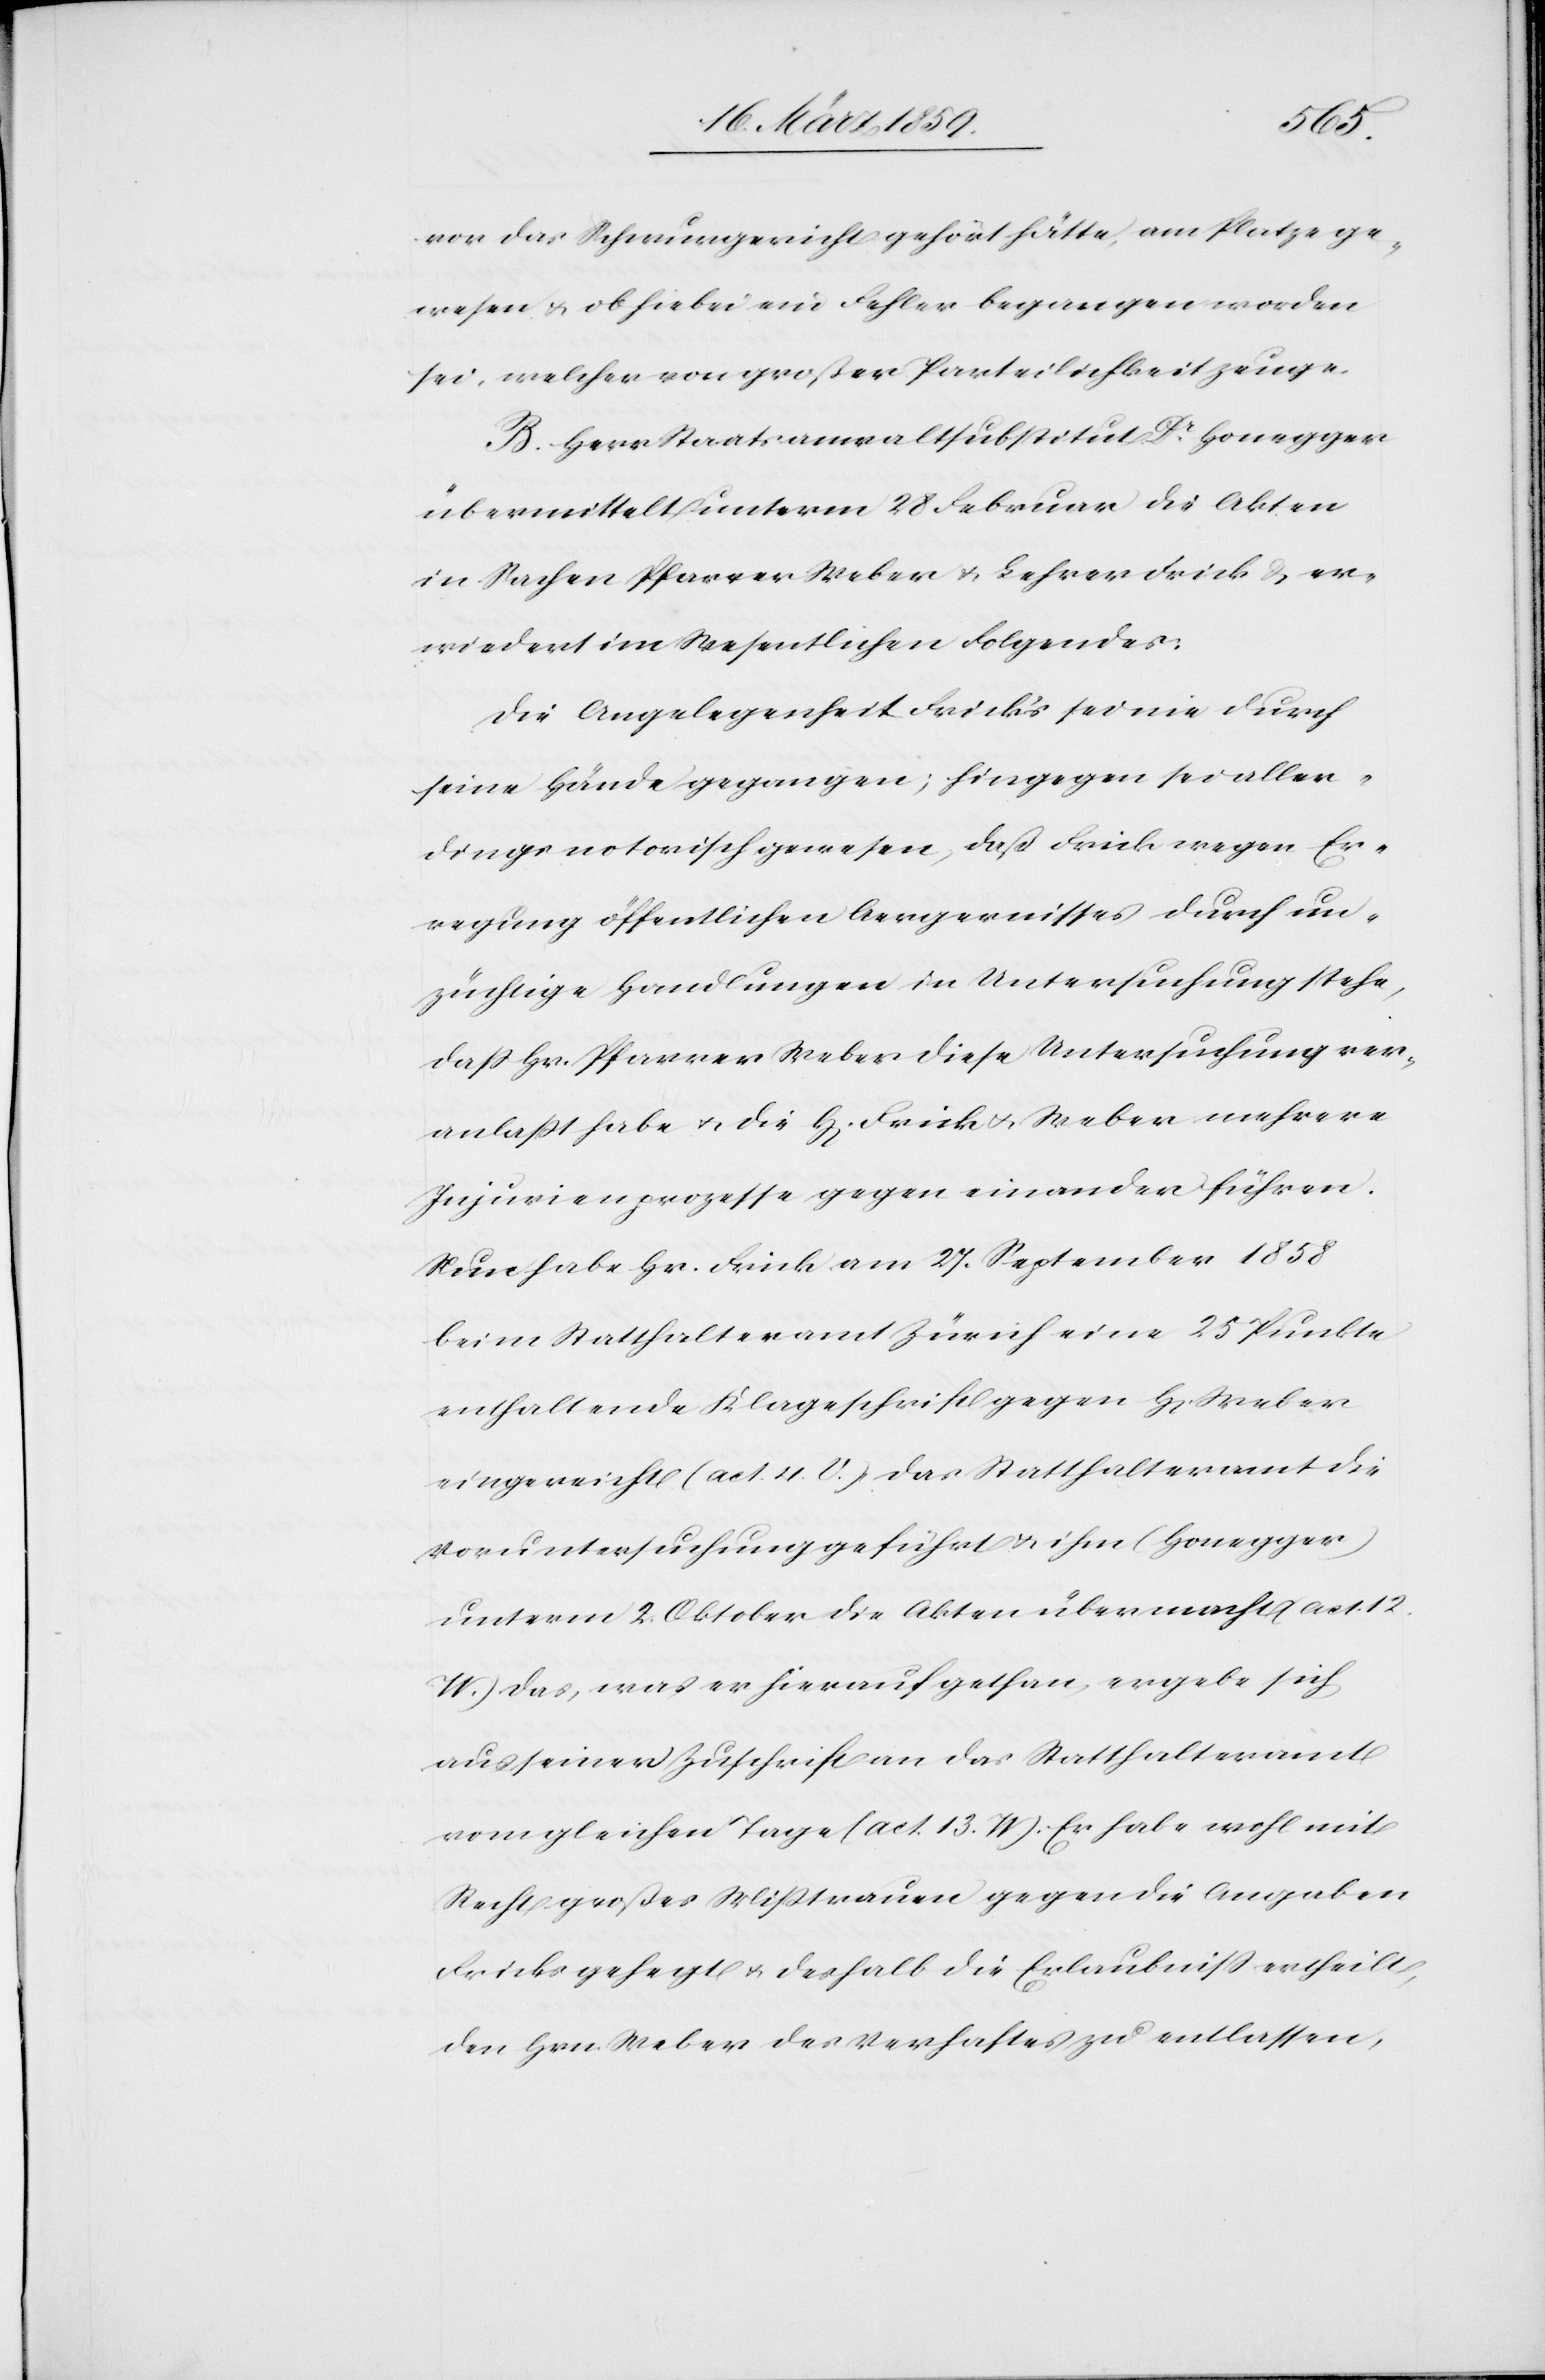
vor das Schwurgericht gehört hätte, am Platze ge¬
wesen u. ob hiebei ein Fehler begangen worden
sei, welcher von großer Parteilichkeit zeuge.
B. Herr Staatsanwaltsubstitut Dr. Honegger
übermittelt unterm 28 Februar die Akten
in Sachen Pfarrer Weber u. Lehrer Frick & er¬
wiedert im Wesentlichen Folgendes:
Die Angelegenheit Fricks sei nie durch
seine Hände gegangen; hingegen sei aller¬
dings notorisch gewesen, daß Frick wegen Er¬
regung öffentlichen Aergernisses durch un¬
züchtige Handlungen in Untersuchung stehe,
daß Hr. Pfarrer Weber diese Untersuchung ver¬
anlaßt habe u. die H[erren] Frick u. Weber mehrere
Injurienprozesse gegen einander führen.
Nun habe Hr. Frick am 27. September 1858
beim Statthalteramt Zürich eine 25 Punkte
enthaltende Klageschrift gegen H[errn] Weber
eingereicht (act. 4. U.) das Statthalteramt die
Voruntersuchung geführt u. ihm (Honegger)
unterm 2. Oktober die Akten übermacht (act. 12.
W.) das, was er hierauf gethan, ergebe sich
aus seiner Zuschrift an das Statthalteramt
vom gleichen Tage (act. 13. W.). Er habe wohl mit
Recht großes Mißtrauen gegen die Angaben
Fricks gehegt u. deshalb die Erlaubniß ertheilt,
den Hrn. Weber des Verhaftes zu entlassen,